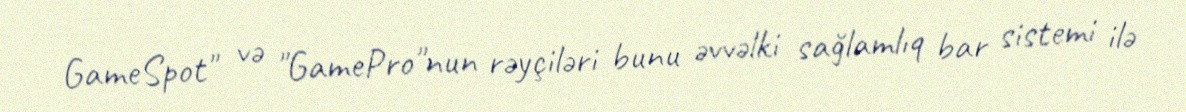
GameSpot" və "GamePro"nun rəyçiləri bunu əvvəlki sağlamlıq bar sistemi ilə